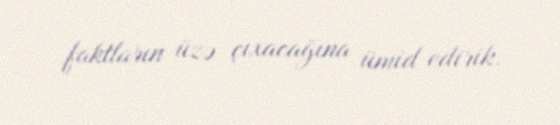
faktların üzə çıxacağına ümid edirik.